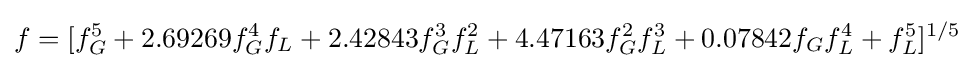
f=[f_{G}^{5}+2.69269f_{G}^{4}f_{L}+2.42843f_{G}^{3}f_{L}^{2}+4.47163f_{G}^{2}f_{L}^{3}+0.07842f_{G}f_{L}^{4}+f_{L}^{5}]^{1/5}